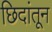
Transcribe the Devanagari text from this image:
छिदांतून